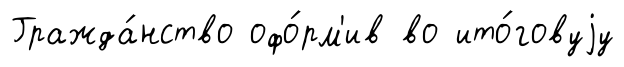
Гражда́нство офо́рм'ив во ито́говуjу